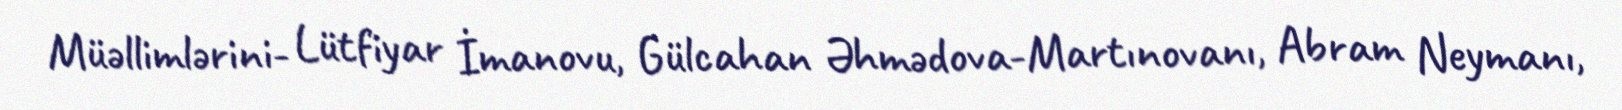
Müəllimlərini- Lütfiyar İmanovu, Gülcahan Əhmədova-Martınovanı, Abram Neymanı,